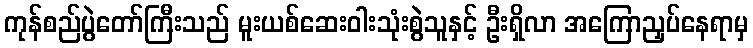
ကုန်စည်ပွဲတော်ကြီးသည် မူးယစ်ဆေးဝါးသုံးစွဲသူနှင့် ဦးရှိလာ အကြောညှပ်နေရာမှ